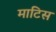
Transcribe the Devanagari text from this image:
माटिस